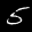
Label: 5